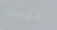
حقوقك